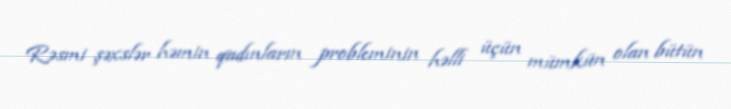
Rəsmi şəxslər həmin qadınların probleminin həlli üçün mümkün olan bütün